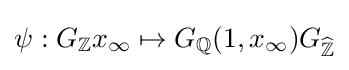
\psi :G_{\mathbb {Z} }x_{\infty }\mapsto G_{\mathbb {Q} }(1,x_{\infty })G_{\widehat {\mathbb {Z} }}